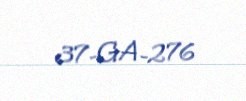
37-GA-276